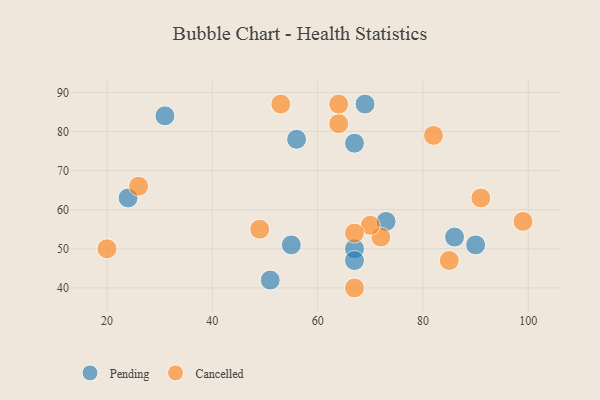
{"axis": {"x": "GDP", "y": "Life Expectancy"}, "legend": ["Cancelled", "Pending"], "data": [{"x": "69", "y": 87, "type": "Pending"}, {"x": "67", "y": 77, "type": "Pending"}, {"x": "73", "y": 57, "type": "Pending"}, {"x": "51", "y": 42, "type": "Pending"}, {"x": "90", "y": 51, "type": "Pending"}, {"x": "55", "y": 51, "type": "Pending"}, {"x": "56", "y": 78, "type": "Pending"}, {"x": "67", "y": 50, "type": "Pending"}, {"x": "86", "y": 53, "type": "Pending"}, {"x": "24", "y": 63, "type": "Pending"}, {"x": "67", "y": 47, "type": "Pending"}, {"x": "31", "y": 84, "type": "Pending"}, {"x": "99", "y": 57, "type": "Cancelled"}, {"x": "91", "y": 63, "type": "Cancelled"}, {"x": "64", "y": 82, "type": "Cancelled"}, {"x": "20", "y": 50, "type": "Cancelled"}, {"x": "64", "y": 87, "type": "Cancelled"}, {"x": "82", "y": 79, "type": "Cancelled"}, {"x": "72", "y": 53, "type": "Cancelled"}, {"x": "53", "y": 87, "type": "Cancelled"}, {"x": "67", "y": 40, "type": "Cancelled"}, {"x": "26", "y": 66, "type": "Cancelled"}, {"x": "49", "y": 55, "type": "Cancelled"}, {"x": "85", "y": 47, "type": "Cancelled"}, {"x": "70", "y": 56, "type": "Cancelled"}, {"x": "67", "y": 54, "type": "Cancelled"}]}